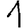
Digit: 1